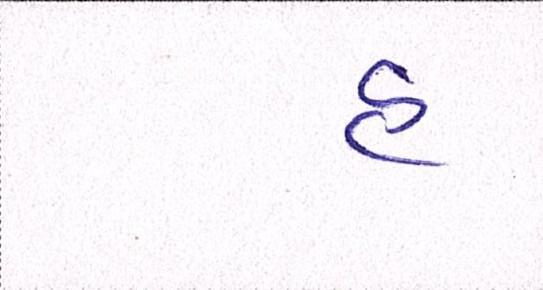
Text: હુ